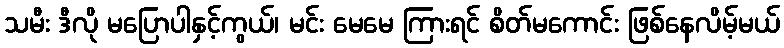
သမီး ဒီလို မပြောပါနှင့်ကွယ်၊ မင်း မေမေ ကြားရင် စိတ်မကောင်း ဖြစ်နေလိမ့်မယ်